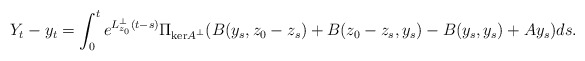
\begin{align*} Y_t - y_t = \int_0^t e^{L_{z_0}^\perp(t-s)}\Pi_{\mathrm{ker}A^\perp}(B(y_s,z_0-z_s) + B(z_0-z_s,y_s) - B(y_s,y_s) + Ay_s)ds.\end{align*}